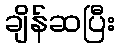
ချိန်ဆပြီး